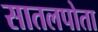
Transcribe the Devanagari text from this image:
सातलपोता